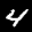
Label: 4